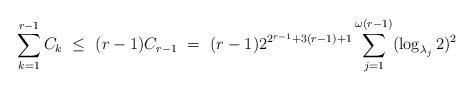
\begin{align*} \sum_{k=1}^{r-1} C_k \ \leq \ (r-1) C_{r-1} \ = \ (r-1) 2^{2^{r-1} + 3(r-1) + 1} \sum_{j=1}^{\omega(r-1)} (\log_{\lambda_j} 2)^2 \end{align*}